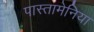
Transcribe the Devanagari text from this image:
पास्तामेनिया